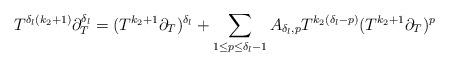
LaTeX: \begin{align*}T^{\delta_{l}(k_{2}+1)} \partial_{T}^{\delta_l} = (T^{k_{2}+1}\partial_{T})^{\delta_l} +\sum_{1 \leq p \leq \delta_{l}-1} A_{\delta_{l},p} T^{k_{2}(\delta_{l}-p)} (T^{k_{2}+1}\partial_{T})^{p} \end{align*}